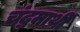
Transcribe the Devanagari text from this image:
चंद्रमाथी